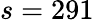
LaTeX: s=291